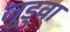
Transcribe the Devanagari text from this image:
जुडुवा